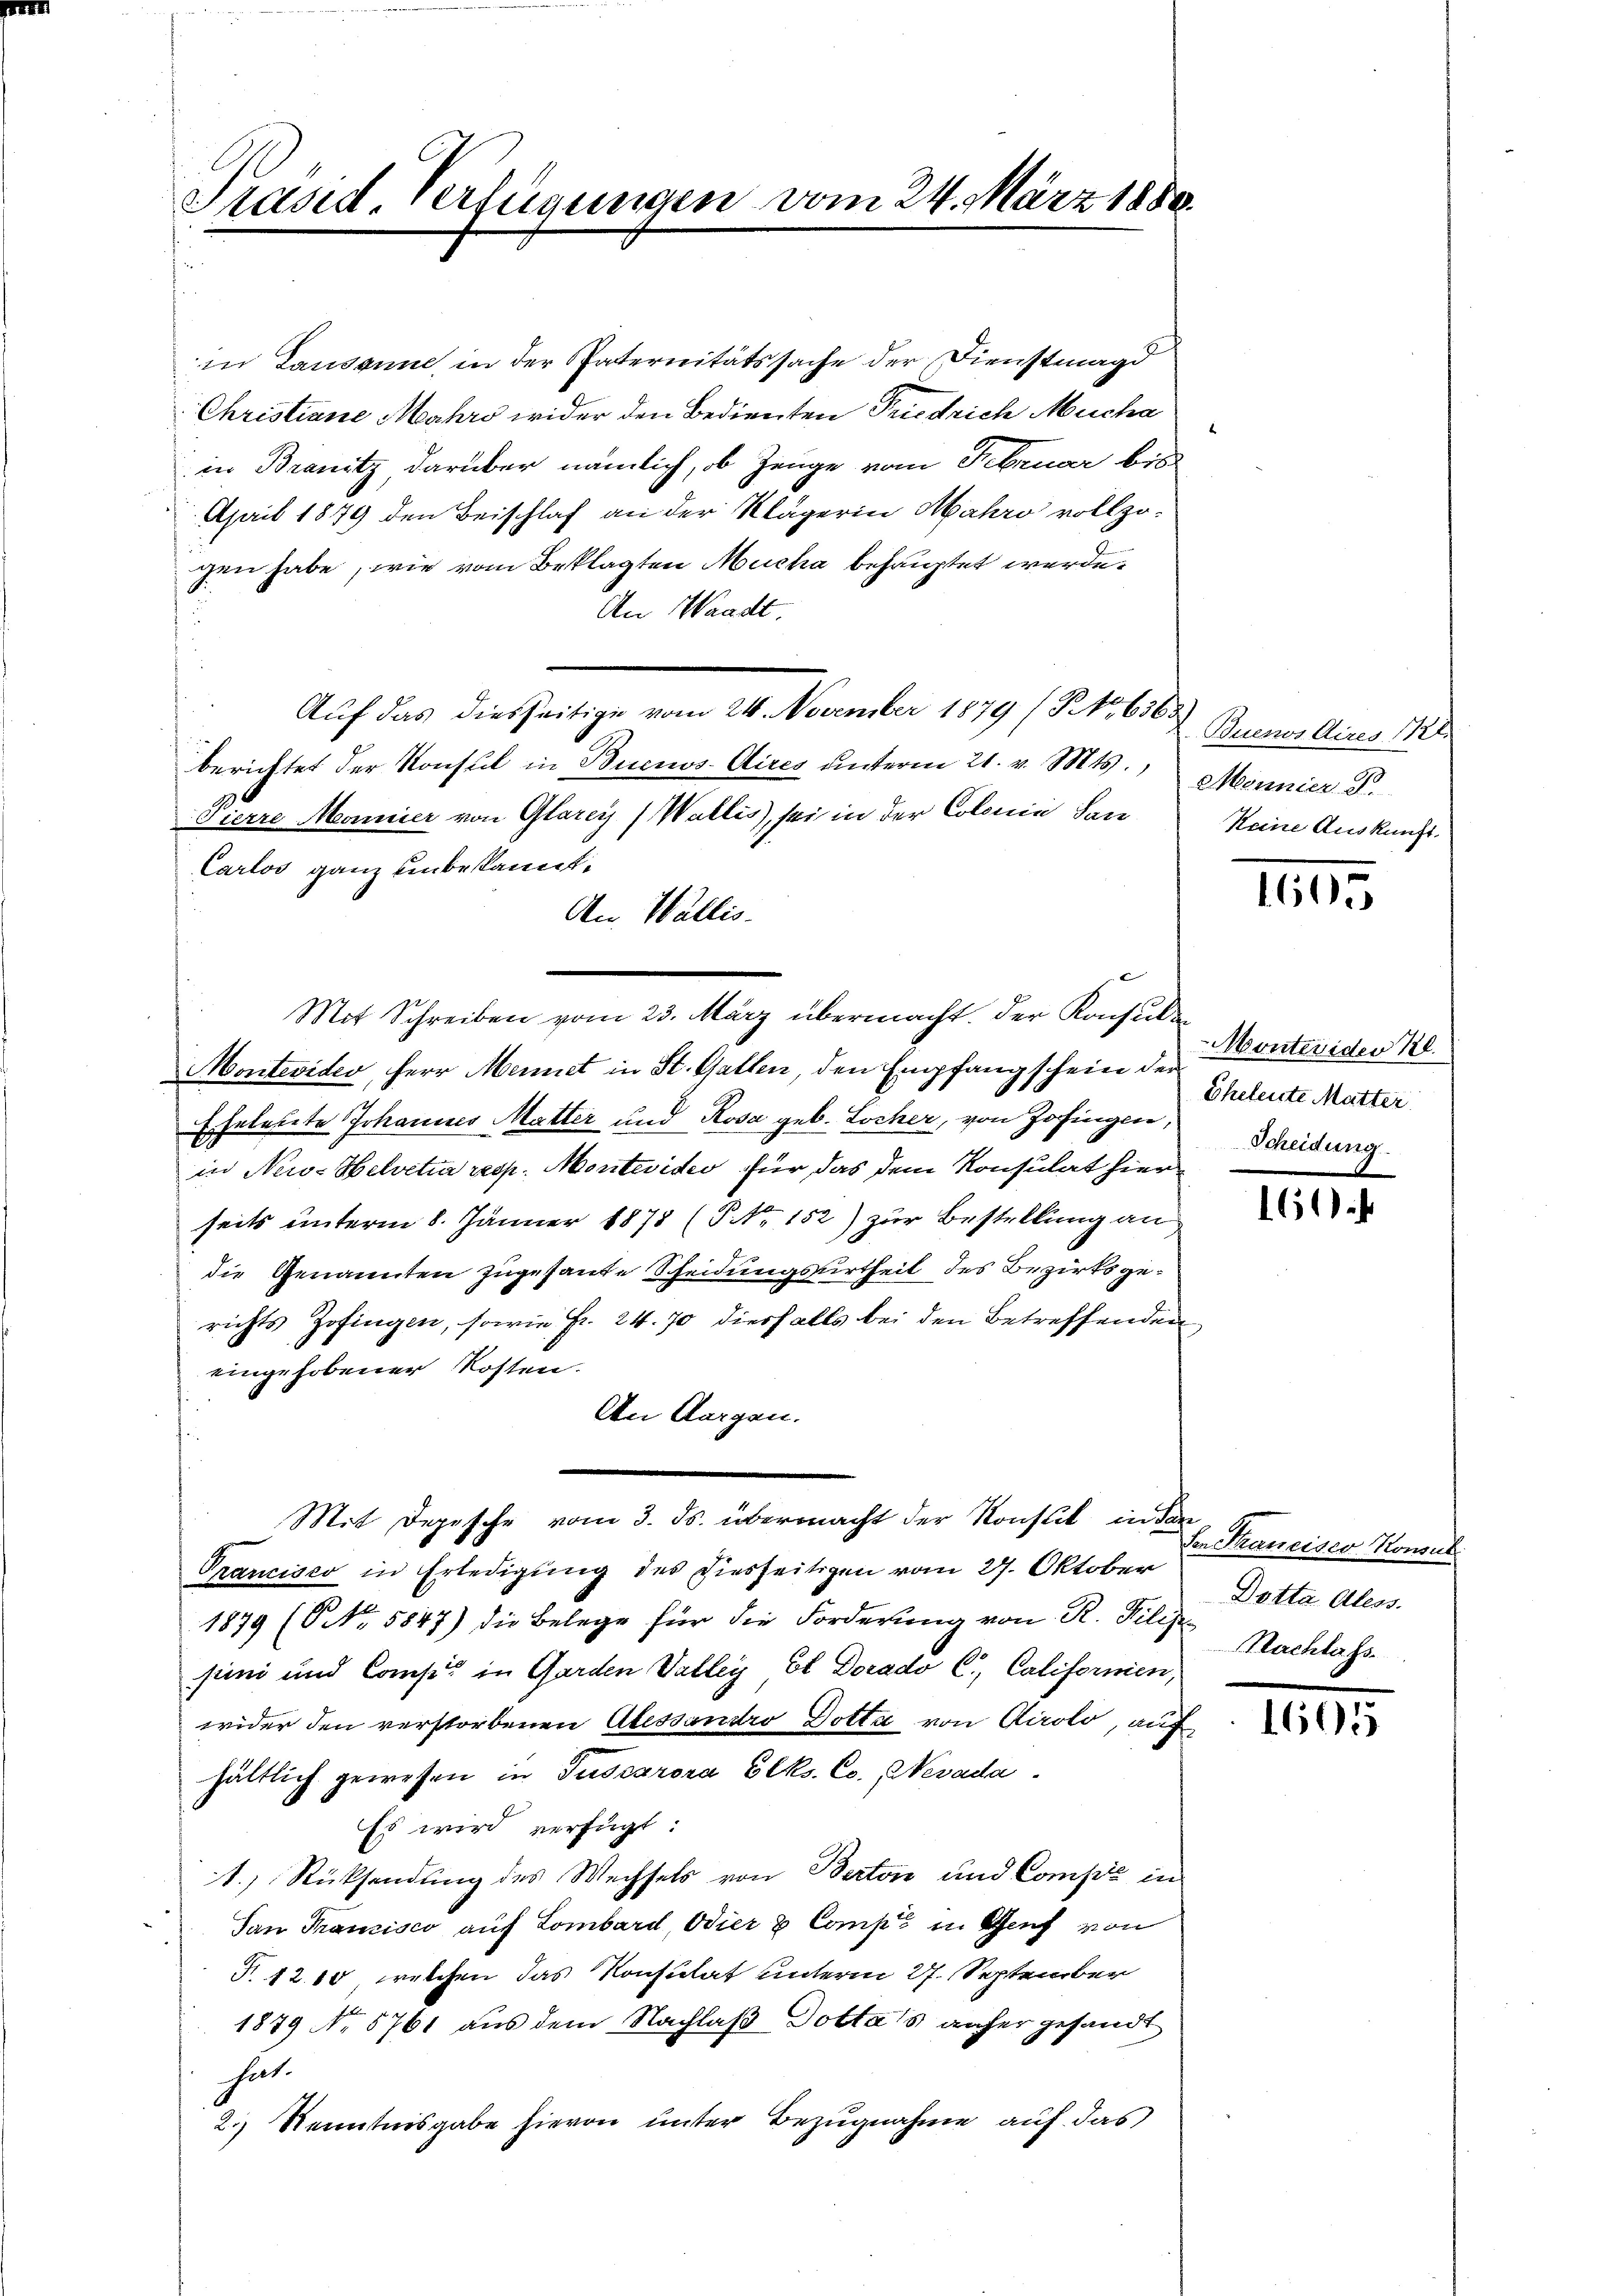
Präsid. Verfügungen vom 24. März 1880.

in Lausanne, in der Paternitätssache der Dienstmagd
Christiane Mahrs wider den Bedienten Friedrich Micha
in Branitz darüber nämlich, ob Zeuge vom Februar bis
April 1879 den Beischlaf an der Klägerin Mahro vollzogen habe, wie vom Beklagten Mucha behauptet werde.
An Waadt.
Auf das diesseitige vom 24. November 1879 (NNo. 656
berichtet der Konstil in Buenos-Aires ŭnterm 21. v. Mts. Mennier S.
Pierre Monnier von Glarey (Wallis, sei in der Colonie San
Carlos ganz unbekannt.
An Wallis.
Mit Schreiben vom 23. März übermacht. Der Konsule
Montevideo, Herr Mennet in St. Gallen, den Empfangschein der
Ehelettete Johannes Matter und Rosa geb. Locher, von Zofingen,
in Neio- Helvetia resp. Montevideo für das dem Konsulat hier
seits unterm 8. Jänner 1878 (P NNo. 152) zur Bestellung an
die Genannten zugesante Scheidungsurtheil des Bezirksgerichts Zofingen, sowie Fr. 24. 70 diesfalls bei den Betreffenden
eingehobener Kosten.
An Aargau.
Mit Depesche vom 3. ds. übermacht der Konstit in den
Trancisco in Erledigung des Diesseitigen vom 27. Oktober
1879 (ONNo. 5847) die Belege für die Forderung von R. Filip Nachlass
jini und Comp. in Garden Valley Et Dorado C. Califormen,
wider den verstorbenen Alessandro Dotta von Airolo, auf
hältlich gewesen in Tussarora Clks. Co. Nevada
Es wird verfügt:
1.) Rücksendung des Wechsels von Berton und Compić in
San Franzisco auf Lombard, Odier & Comp. in Genf von
T. 1210, welchen das Konsulat unterm 27. September
1879 No 5761 aus dem Nachlaß Dottas anher gesandt
hat.
2.) Kenntnisgabe hievon unter Bezugnahme auf das

Buenos Aires 1121.
Keine Auskunft.

1605

Monteviden 28.
Eheleute Mutter.
Scheidung.

161

Sen Trancisco Konsul
Dotta. Aless.

1665